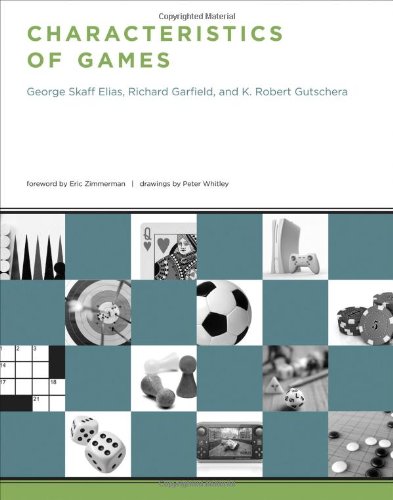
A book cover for Characteristics of Games; George Skaff Elias; Humor & Entertainment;